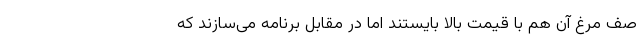
صف مرغ آن هم با قیمت بالا بایستند اما در مقابل برنامه می‌سازند که